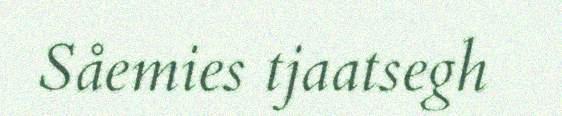
Såemies tjaatsegh